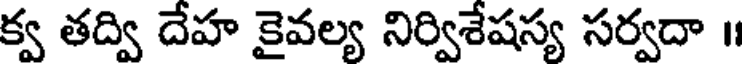
క్వ తద్వి దేహ కైవల్య నిర్విశేషస్య సర్వదా ॥